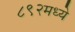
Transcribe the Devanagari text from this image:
८९२मध्ये